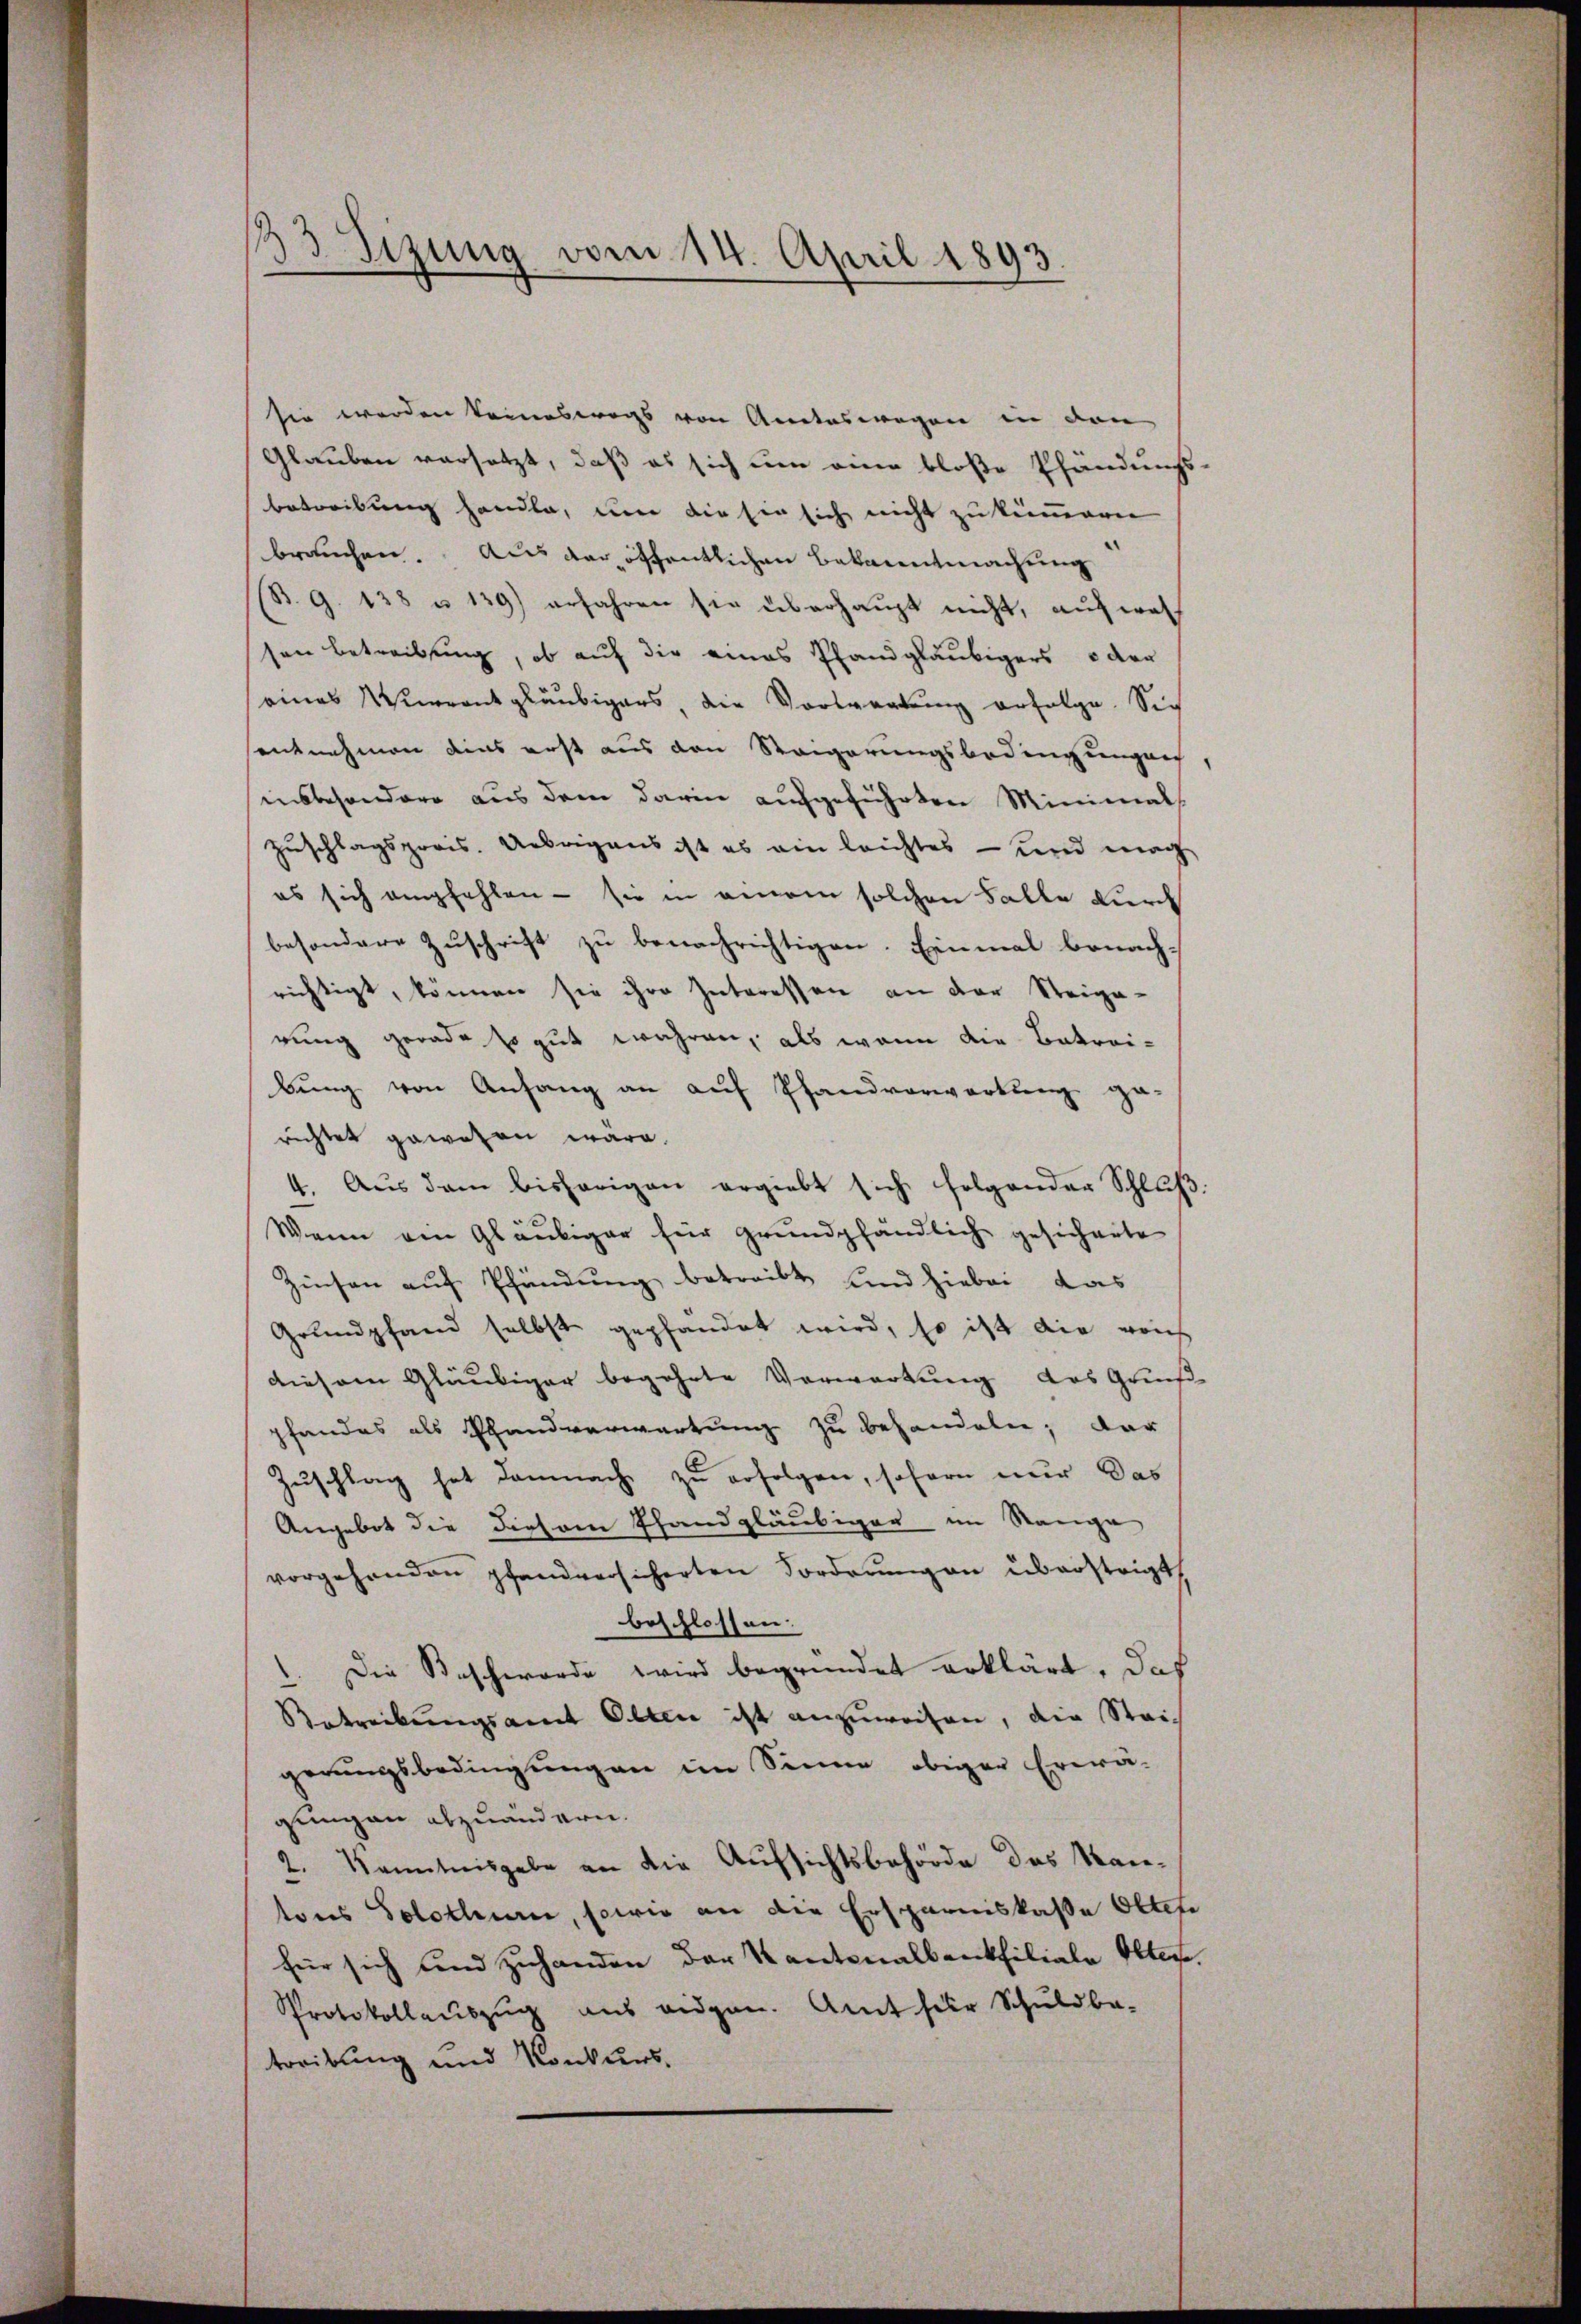
33 Sizung vom 14. April 1893.

sie werden keineswegs von Ansteswegen in den
Glauben versetzt, daß es sich um eine bloße Pfändungs-
betreibung handle, um die sie sich nicht zu kennern
brauchen. Aus der öffentlichen Bekanntmachung
B. G. 138 u. 129) erfahren sie überhaupt nicht, auf wel
sen betreibung, ob auf die eines Pfandgläubigers oder
seines Kurrentgläubigers, die Vortretung erfolge. Sie
entnehmen dies erst aus den Steigerungsbedingungen
insbesondere aus dem darin aufgeführten Minimals
Zuschlagsprois. Uebrigens ist es ein leichtes - und mag
es sich empfehlen - sie in einem solchen Falle durch
besondere Zuschrift zu benachrichtigen. Einmal benach-
richtigt, können sie ihre Interessen an der Steigerung gerade so gut wahren, als wenn die Betreibung von Anfang an auf Pfandvorwartung garichtet gewesen wäre.
4. Aŭs dem bisherigen ergiebt sich folgender Schlŭβ:
Wenn ein Gläubiger für grundpfändlich gesicherte
Zinsen auf Pfändung betreibt und hiebei, das
Grundpfand selbst gepfandet wird, so ist die von
diesem Gläubiger begehrte Verwartung das Gris-
pfandes als Pfandverwartung zu behandeln; dar
Zuschlag hat demnach zu erfolgen, sofern nur das
Angebot die diesem Pfandgläubiger im Range
vorgehenden pfandversicherten Forderungen übersteigt,
beschlossen.
1. Die Beschwerde wird begründet erklärt, daß
Betreibungsamt Olten ist anzuweisen, die Steigerungsbedingungen im Sinne obiger Erwä-
gung an abzuändern.
2. Kenntnisgabe an die Aufsichtsbehörde das Kan-
tons Solothurn, sowie an die Ersparniskaße Obtefe
für sich und zuhanden der Kantonalbankfiliale Olten.
Protokollaŭszŭg aŭs eidgen. Amt für Schuldba-
treibung und Konkurs,